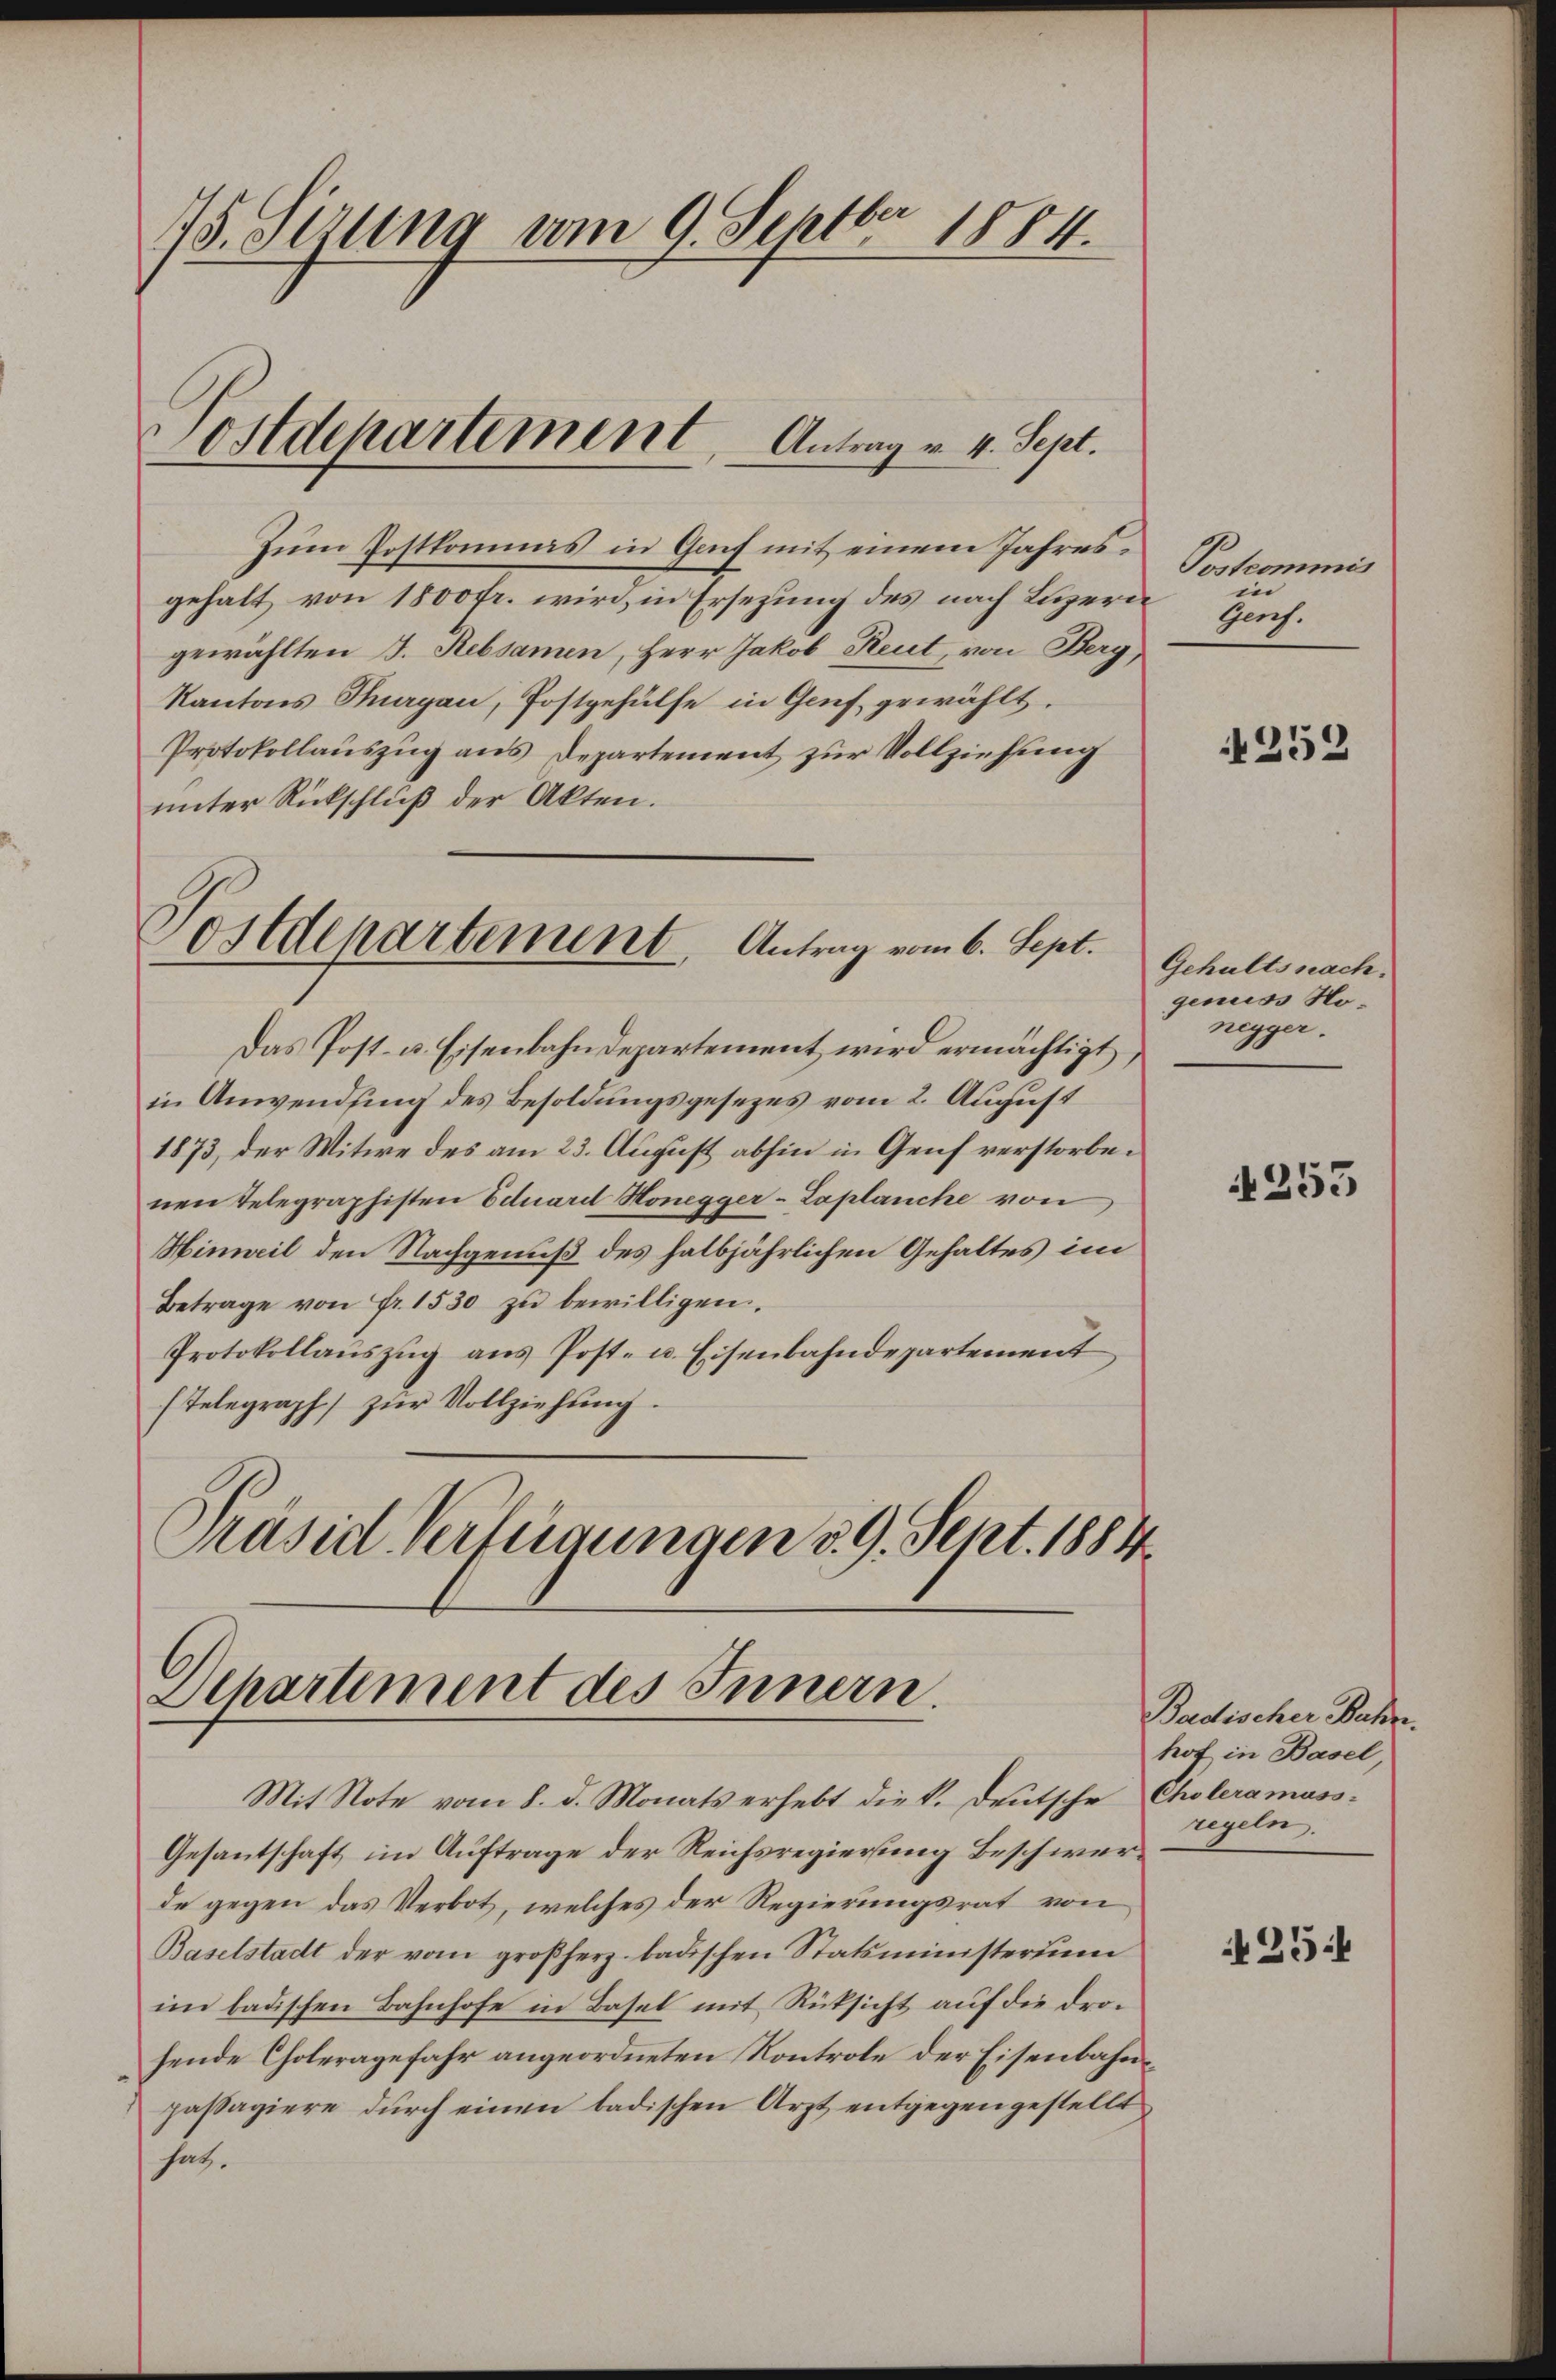
75. Sizung vom 9. Septbr 1884.
Sostdepartement, Antrag v. 4. Sept.

Zum Postkommas in Genf mit einem Jahresgehalt von 1800 fr. wird, in Ersezung des nach Luzerne
gewählten J. Rebsamen, Herr Jakob Reut, von Berg
Kantons Thurgau, Postgehülfe in Genf gewählt.
Protokollauszug aus Departement zur Vollziehung
unter Rückschluß der Akten.
Das Post- u. Eisenbahndepartement wird ermächtigt
in Anwendung des Besoldungsgesezes vom 2. August
1873, der Witwe des am 23. August abhin in Genf verstorbenen Telegraphisten Eduard Honegger-Laplanche von
Hinweil den Nachgenuß des halbjährlichen Gehaltes im
Betrage von Fr. 1530 zŭ bewilligen
Protokollauszug aus Post- u. Eisenbahndepartement
(Telegraph zŭr Vollziehŭng.
Prasie Verleigungen d. 9. Sept. 1884.

Postdepartement. Antrag vom 6. Sept.

Departement des Innern.

Mit Note vom 8. d. Monats erhebt die k. Deutsche Choleramuss-
Gesantschaft im Auftrage der Reichsregierung Beschwerde gegen das Verbot, welches der Regierungsrat von
Baselstadt der vom großherz badischen Statsministerium
im badischen Bahnhofe in Basel mit Rücksicht auf die drohende Choleragefahr angeordneten Kontrole der Eisenbahnpassagiere durch einen badischen Arzt entgegengestellt
satz.

Postcommis
in
gens.

252

Gehaltsnach.
genuss Nonegger.

255

Badischer Bahn.
hof in Basel
regeln.

254